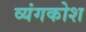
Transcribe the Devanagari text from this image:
व्यंगकोश